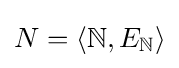
N=\langle {\mathbb {N} },E_{\mathbb {N} }\rangle